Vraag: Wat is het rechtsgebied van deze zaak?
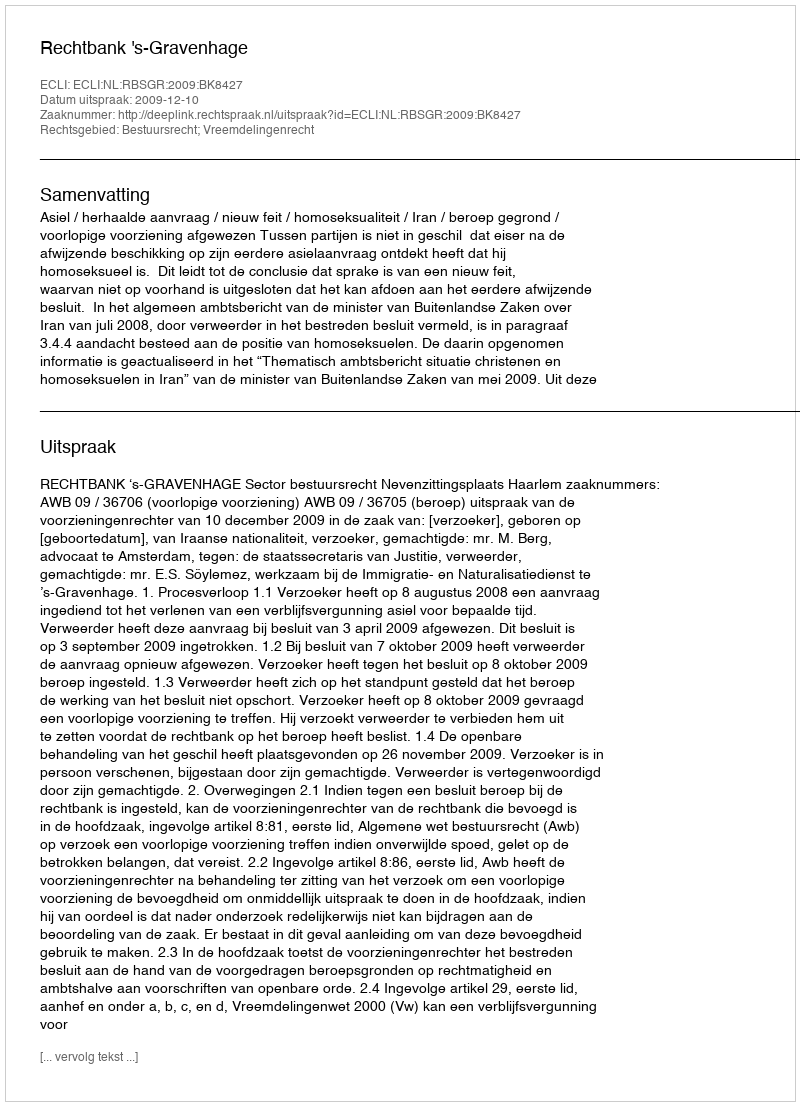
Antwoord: Bestuursrecht; Vreemdelingenrecht